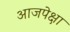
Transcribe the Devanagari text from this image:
आजपेक्षा